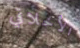
الأخلاقي